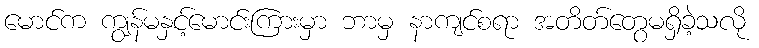
မောင်က ကျွန်မနှင့်မောင်းကြားမှာ ဘာမှ နာကျင်စရာ အတိတ်တွေမရှိခဲ့သလို